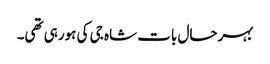
بہرحال بات شاہ جی کی ہورہی تھی۔